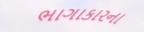
ભાગાકારના